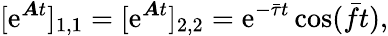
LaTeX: [\mathrm{e}^{\boldsymbol{A}t}]_{1,1}=[\mathrm{e}^{\boldsymbol{A}t}]_{2,2}=\mathrm{e}^{-\bar{\tau}t}\cos(\bar{f}t),